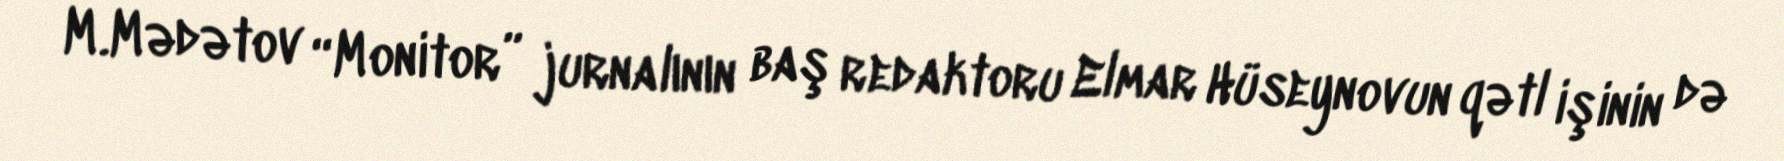
M.Mədətov “Monitor” jurnalının baş redaktoru Elmar Hüseynovun qətl işinin də